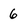
Character: 6